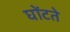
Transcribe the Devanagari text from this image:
घोंटते